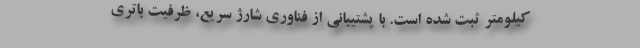
کیلومتر ثبت شده است. با پشتیبانی از فناوری شارژ سریع، ظرفیت باتری